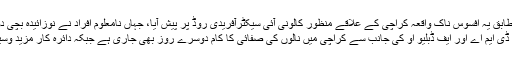
تفصیلات کے مطابق یہ افسوس ناک واقعہ کراچی کے علاقے منظور کالونی آئی سیکٹرآفریدی روڈ پر پیش آیا، جہاں نامعلوم افراد نے نوزائیدہ بچی دوسری منزل …
کراچی : این ڈی ایم اے اور ایف ڈبلیو او کی جانب سے کراچی میں نالوں کی صفائی کا کام دوسرے روز بھی جاری ہے جبکہ دائرہ کار مزید وسیع کردیا گیا ہے۔